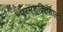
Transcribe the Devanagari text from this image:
परमशक्तिशाली